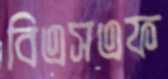
বিএসএফ